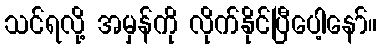
သင်ရလို့ အမှန်ကို လိုက်နိုင်ပြီပေါ့နော်။